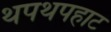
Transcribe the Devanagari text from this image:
थपथपहाट